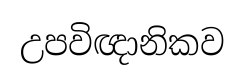
උපවිඥානිකව